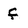
Character: f